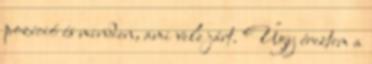
pozíció és minden, ami vele járt. Úgy éreztem a